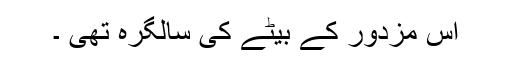
اس مزدور کے بیٹے کی سالگرہ تھی ۔